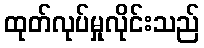
ထုတ်လုပ်မှုလိုင်းသည်